Subject: stat
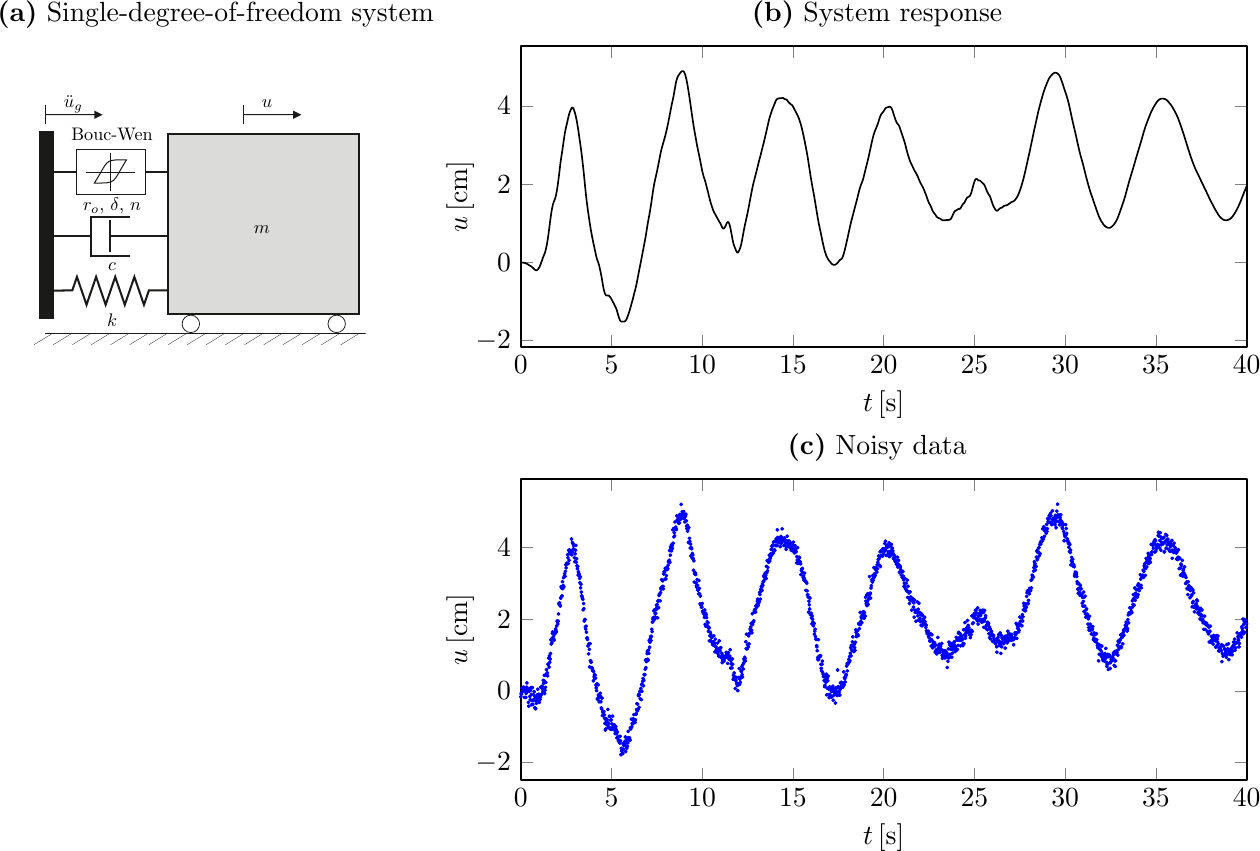
LaTeX code:
     \begin{tikzpicture}
        \node[anchor=mid] at (-2.9,5.8){\textbf{(a)} Single-degree-of-freedom system};
        \node at (-3.1,3.2){\includegraphics[width=0.36\textwidth]{6226_figs_1dof_BW_cs1.pdf}};
        \node[anchor=mid] at (5.5,5.8){\textbf{(b)} System response};
        \node at (5.2,3){\includegraphics{6227_figs_orig_resp.pdf}};
        \node[anchor=mid] at (5.5,.3){\textbf{(c)} Noisy data};
        \node at (5.2,-2.5){\includegraphics{6228_figs_noisy_data.pdf}};
    \end{tikzpicture}